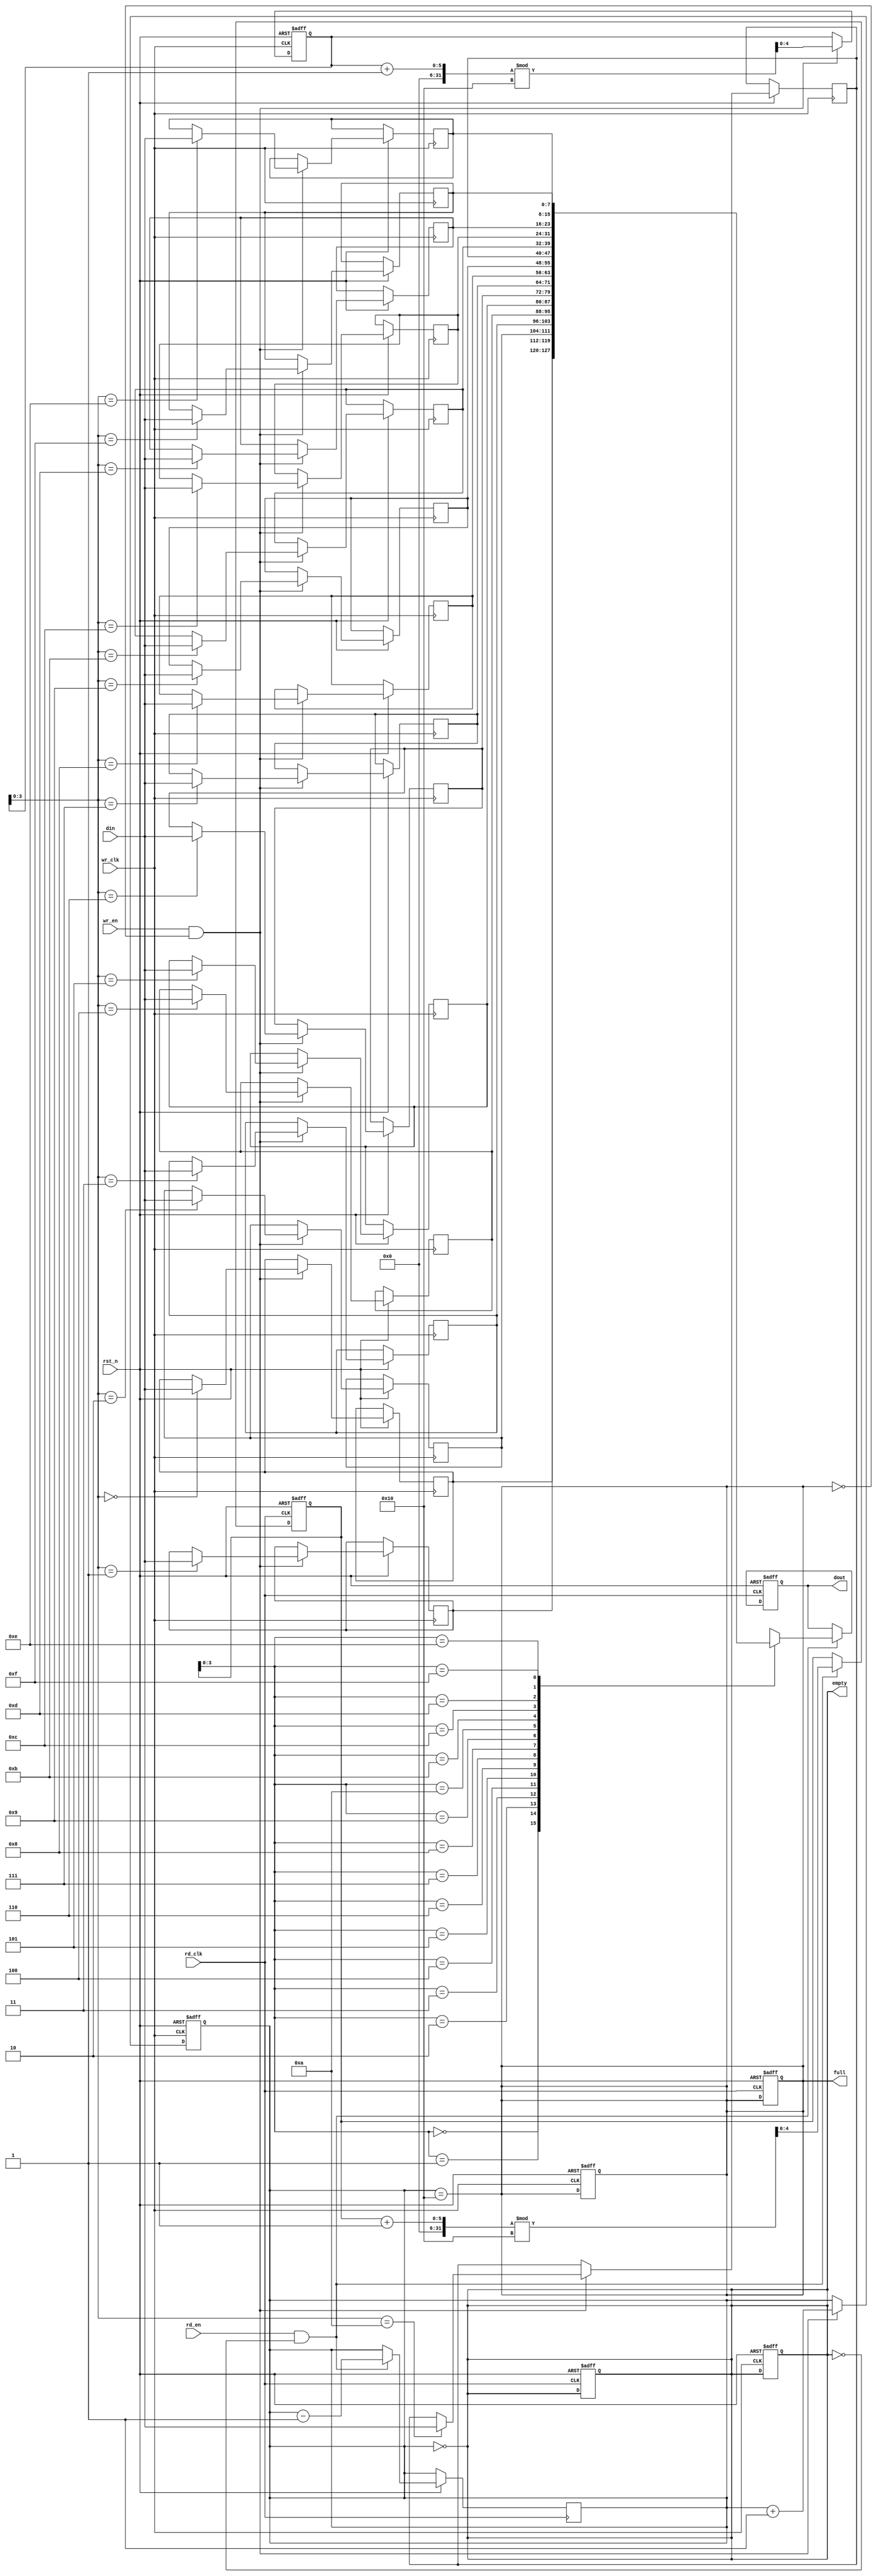
module fifo_sram #(
    parameter DATA_WIDTH = 8,  // Width of each entry in bits
    parameter FIFO_DEPTH = 16   // Depth of the FIFO (number of entries)
)(
    input               wr_clk,      // Write clock
    input               rd_clk,      // Read clock
    input               rst_n,       // Active low reset
    input               wr_en,       // Write enable
    input               rd_en,       // Read enable
    input  [DATA_WIDTH-1:0] din,    // Data input
    output reg [DATA_WIDTH-1:0] dout, // Data output
    output reg          full,        // Full flag
    output reg          empty        // Empty flag
);

    // Internal storage for FIFO
    reg [DATA_WIDTH-1:0] fifo_mem [0:FIFO_DEPTH-1];
    
    // Write and read pointers
    reg [4:0] wr_ptr; // needs 5 bits for 0 to 15
    reg [4:0] rd_ptr; // needs 5 bits for 0 to 15
    reg [4:0] count;  // Number of entries in the FIFO
    
    // Asynchronous Reset
    always @ (posedge wr_clk or negedge rst_n) begin
        if (!rst_n) begin
            wr_ptr <= 0;
            count <= 0;
            full <= 0;
            empty <= 1;
        end else if (wr_en && !full) begin
            fifo_mem[wr_ptr] <= din; // Write data to FIFO
            wr_ptr <= (wr_ptr + 1) % FIFO_DEPTH; // Increment write pointer
            count <= count + 1; // Count entries
        end
    end

    always @ (posedge rd_clk or negedge rst_n) begin
        if (!rst_n) begin
            rd_ptr <= 0;
            dout <= 0;
            full <= 0;
            empty <= 1;
        end else if (rd_en && !empty) begin
            dout <= fifo_mem[rd_ptr]; // Read data from FIFO
            rd_ptr <= (rd_ptr + 1) % FIFO_DEPTH; // Increment read pointer
            count <= count - 1; // Decrement count
        end
    end

    // Update full and empty flags
    always @(*) begin
        full = (count == FIFO_DEPTH);
        empty = (count == 0);
    end

endmodule